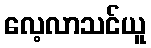
လေ့လာသင်ယူ